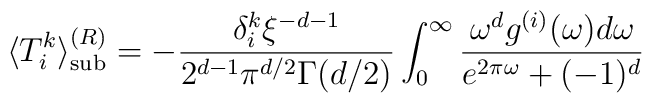
\langle T_{i}^{k}\rangle _{{\mathrm{sub}}}^{(R)}=-\frac{\delta _i^k  \xi ^{-d-1}}{2^{d-1}\pi ^{d/2}\Gamma (d/2)}\int _{0}^{\infty }  \frac{\omega ^d g^{(i)}(\omega )d\omega }{e^{2\pi \omega }+(-1)^d}